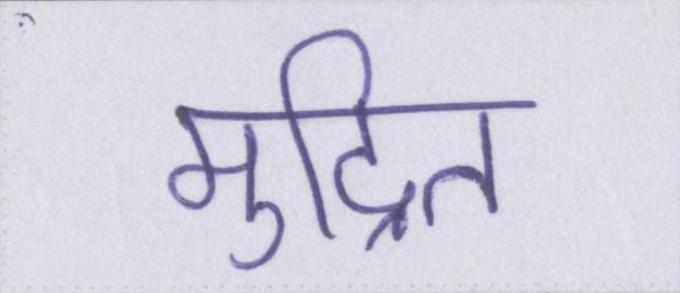
मुद्रित